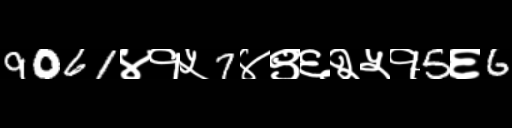
Text: 9061४१५7४९६२५१5६6